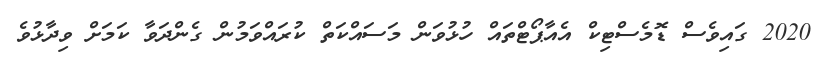
2020 ގައިވެސް ޑޮމެސްޓިކް އެއާޕޯޓްތައް ހުޅުވަން މަސައްކަތް ކުރައްވަމުން ގެންދަވާ ކަމަށް ވިދާޅުވެ